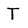
Character: T